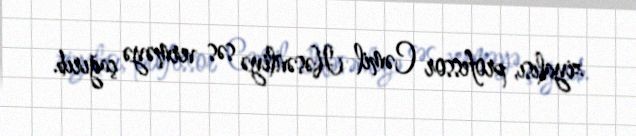
ziyalısı, professor Cəmil Həsənliyə səs verməyə çağırıb.